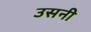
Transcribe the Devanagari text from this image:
उसनी